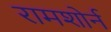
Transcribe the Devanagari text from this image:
रामशोर्न